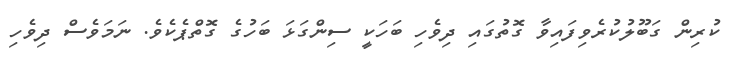
ކުރިން ގަބޫލުކުރެވިފައިވާ ގޮތުގައި ދިވެހި ބަހަކީ ސިންގަޅަ ބަހުގެ ގޮތްޕެކެވެ. ނަމަވެސް ދިވެހި